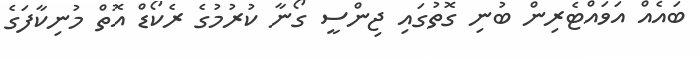
ބައެއް އަވައްޓެރިން ބުނި ގޮތުގައި ޖިންސީ ގޯނާ ކުރުމުގެ ރެކޯޑް އޮތް މުނިކާފަގެ